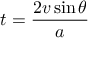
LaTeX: t = { \frac { 2 v \sin \theta } { a } }